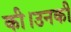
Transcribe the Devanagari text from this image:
की।उनकी